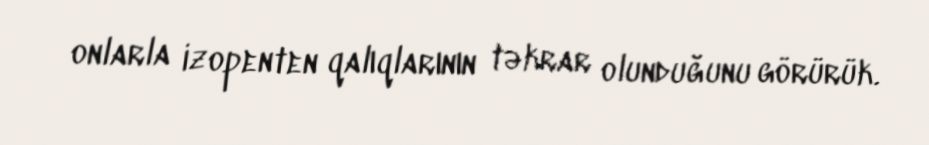
onlarla izopenten qalıqlarının təkrar olunduğunu görürük.